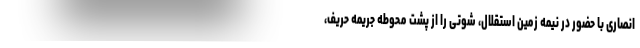
انصاری با حضور در نیمه زمین استقلال، شوتی را از پشت محوطه جریمه حریف،